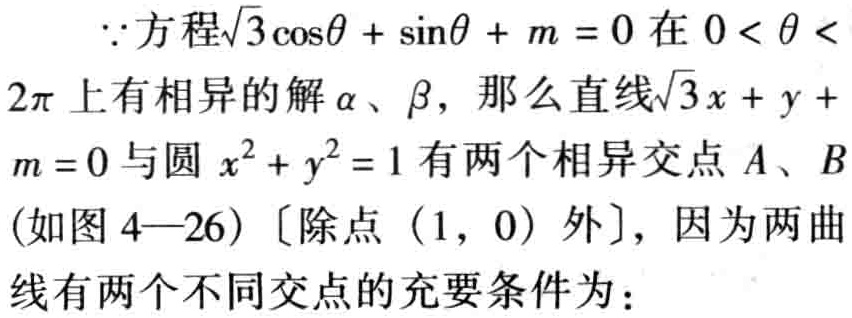
$\because$方程$\sqrt{3}\cos\theta + \sin\theta + m = 0$在$0 < \theta < 2\pi$上有相异的解$\alpha$、$\beta$，那么直线$\sqrt{3}x + y + m = 0$与圆$x^{2} + y^{2} = 1$有两个相异交点$A$、$B$(如图$4—26$)〔除点$(1,\ 0)$外〕，因为两曲线有两个不同交点的充要条件为：